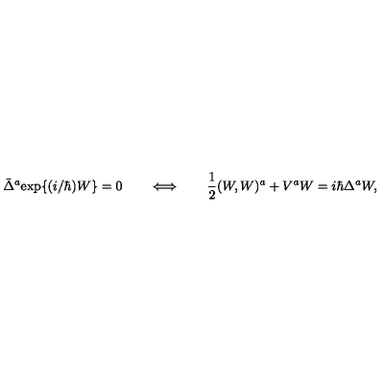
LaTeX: \bar { \Delta } ^ { a } \mathrm { e x p } \{ ( i / \hbar ) W \} = 0 \qquad \Longleftrightarrow \qquad \mathrm { \frac { 1 } { 2 } } ( W , W ) ^ { a } + V ^ { a } W = i \hbar \Delta ^ { a } W ,